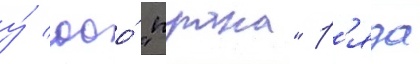
у́ ооо́ "прана" р'яда